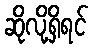
ဆိုလို့ရှိရင်